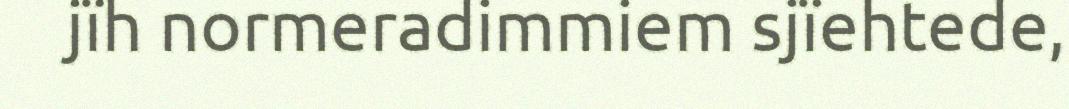
jïh normeradimmiem sjïehtede,